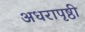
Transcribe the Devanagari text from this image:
अधरापृष्ठी